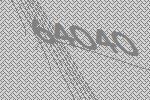
64040